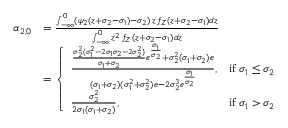
\begin{array} { r l } { \alpha _ { 2 , 0 } } & { = \frac { \int _ { - \infty } ^ { 0 } ( \psi _ { 2 } ( z + \sigma _ { 2 } - \sigma _ { 1 } ) - \sigma _ { 2 } ) \, z \, f _ { Z } ( z + \sigma _ { 2 } - \sigma _ { 1 } ) d z } { \int _ { - \infty } ^ { 0 } z ^ { 2 } \, f _ { Z } ( z + \sigma _ { 2 } - \sigma _ { 1 } ) d z } } \\ & { = \left\{ \begin{array} { l l } { \frac { \frac { \sigma _ { 2 } ^ { 2 } ( \sigma _ { 1 } ^ { 2 } - 2 \sigma _ { 1 } \sigma _ { 2 } - 2 \sigma _ { 2 } ^ { 2 } ) } { \sigma _ { 1 } + \sigma _ { 2 } } e ^ { \frac { \sigma _ { 1 } } { \sigma _ { 2 } } } + \sigma _ { 2 } ^ { 2 } ( \sigma _ { 1 } + \sigma _ { 2 } ) e } { ( \sigma _ { 1 } + \sigma _ { 2 } ) ( \sigma _ { 1 } ^ { 2 } + \sigma _ { 2 } ^ { 2 } ) e - 2 \sigma _ { 2 } ^ { 3 } e ^ { \frac { \sigma _ { 1 } } { \sigma _ { 2 } } } } , } & { \mathrm { i f ~ } \sigma _ { 1 } \leq \sigma _ { 2 } \ } \\ { \frac { \sigma _ { 2 } ^ { 2 } } { 2 \sigma _ { 1 } ( \sigma _ { 1 } + \sigma _ { 2 } ) } , } & { \mathrm { i f ~ } \sigma _ { 1 } > \sigma _ { 2 } } \end{array} \right. } \end{array}